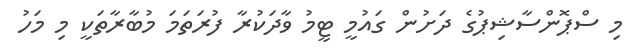
މި ސްޕޮންސާޝިޕުގެ ދަށުން ގައުމީ ޓީމު ވާދަކުރާ ފުރަތަމަ މުބާރާތަކީ މި މަހު